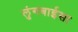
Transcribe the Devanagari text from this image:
लुंगबाईसा